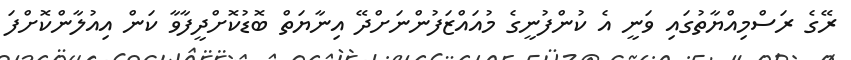
ރޭގެ ރަސްމިއްޔާތުގައި ވަނީ އެ ކުންފުނީގެ މުއައްޒަފުންނަށްދޭ އިނާޔަތް ބޮޑުކޮށްދީފާވާ ކަން އިއުލާންކޮށްފަ